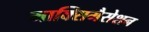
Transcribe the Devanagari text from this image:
माक्सिमैसेशन